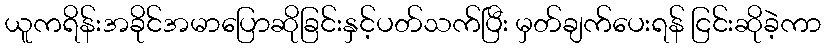
ယူကရိန်းအခိုင်အမာပြောဆိုခြင်းနှင့်ပတ်သက်ပြီး မှတ်ချက်ပေးရန် ငြင်းဆိုခဲ့ကာ